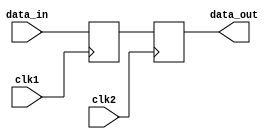
module master_slave_synchronizer (
    input wire clk1,         // Clock for master flip-flop
    input wire clk2,         // Clock for slave flip-flop
    input wire data_in,      // Input data to be synchronized
    output reg data_out      // Synchronized output data
);

    // Internal signal for master flip-flop output
    reg master_out;

    // Master Flip-Flop: Captures input data on the rising edge of clk1
    always @(posedge clk1) begin
        master_out <= data_in; // Capture data on clk1 rising edge
    end

    // Slave Flip-Flop: Captures master output on the rising edge of clk2
    always @(posedge clk2) begin
        data_out <= master_out; // Capture master output on clk2 rising edge
    end

endmodule